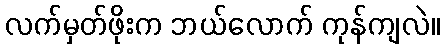
လက်မှတ်ဖိုးက ဘယ်လောက် ကုန်ကျလဲ။